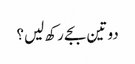
دو تین بجے رکھ لیں؟